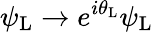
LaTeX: \psi_{\mathrm{{L}}}\rightarrow e^{i\theta_{\mathrm{{L}}}}\psi_{\mathrm{{L}}}